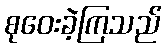
စုဝေးခဲ့ကြသည်